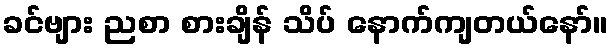
ခင်ဗျား ညစာ စားချိန် သိပ် နောက်ကျတယ်နော်။